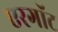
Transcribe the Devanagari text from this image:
एरगॉट